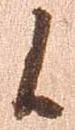
候